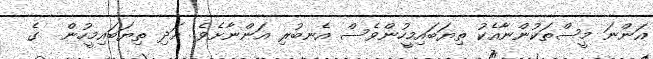
އަންނަ މީސްތަކުންނާއެކު ތިޔަބައިމީހުންވެސް އެނބުރި އަންނާށެވެ! އަދި ތިޔަބައިމީހުން  ގެ